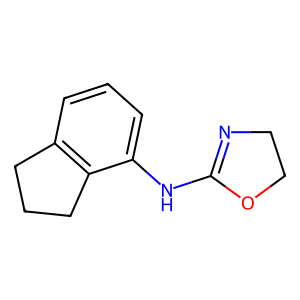
SMILES: c1cc2c(c(NC3=NCCO3)c1)CCC2
Inhibits HIV replication: No